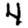
Digit: 4